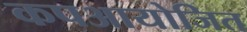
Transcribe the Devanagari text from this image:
कपआयोजित